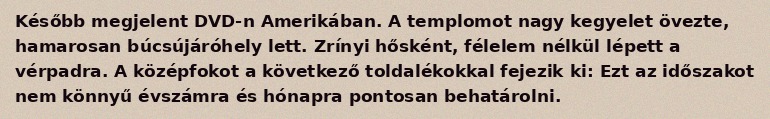
Később megjelent DVD-n Amerikában. A templomot nagy kegyelet övezte, hamarosan búcsújáróhely lett. Zrínyi hősként, félelem nélkül lépett a vérpadra. A középfokot a következő toldalékokkal fejezik ki: Ezt az időszakot nem könnyű évszámra és hónapra pontosan behatárolni.